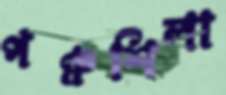
পঞ্চশিলা